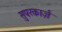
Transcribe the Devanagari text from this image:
सुपरकार्ज़